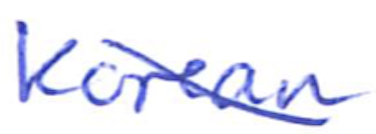
Text: Korean
Cross-out: mix
Writing tool: ballpoint